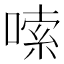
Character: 嗦